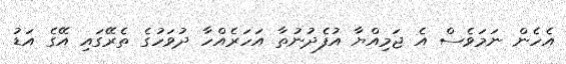
އެހެން ނަމަވެސް އެ ޖަމިއްޔާ އުފެދުނުތާ އަހަރެއްހާ ދުވަހުގެ ތެރޭގައި އޭގެ އަޑު